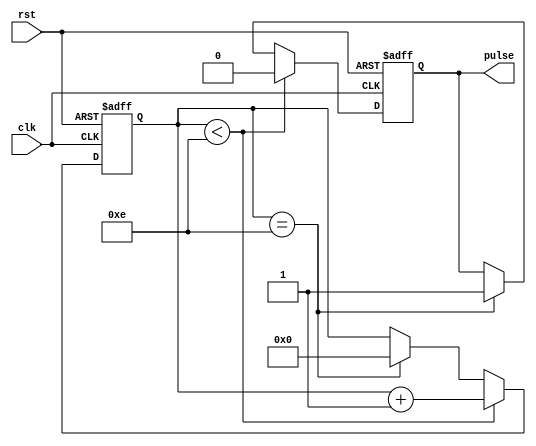
module simple_pulse_generator (
    input wire clk,
    input wire rst,
    output reg pulse
);

reg [31:0] count = 32'h0;
reg [7:0] pulse_duration = 8'hF;
reg [15:0] pulse_frequency = 16'hFFF;

always @ (posedge clk or posedge rst)
begin
    if (rst)
    begin
        count <= 32'h0;
        pulse <= 1'b0;
    end
    else
    begin
        if (count < pulse_duration - 1)
        begin
            count <= count + 1;
            pulse <= 1'b0;
        end
        else if (count == pulse_duration - 1)
        begin
            count <= 32'h0;
            pulse <= 1'b1;
        end
    end
end

endmodule